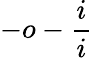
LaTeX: -o-\frac{i}{i}